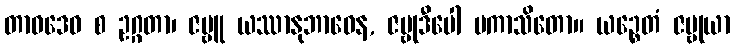
တာဝဒေဝ စ ဥဂ္ဂတာ၊ ဇမ္ဗူ ယဿာနုဘာဝေန, ဇမ္ဗုဒီပေါ ပကာသိတော။ ယဉ္စေတံ ဇမ္ဗုယာ